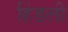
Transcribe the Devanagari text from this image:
हिंडली